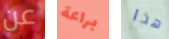
عن براعة هذا